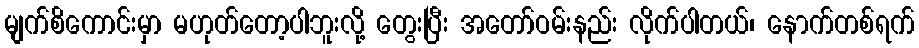
မျက်စိကောင်းမှာ မဟုတ်တော့ပါဘူးလို့ တွေးပြီး အတော်ဝမ်းနည်း လိုက်ပါတယ်၊ နောက်တစ်ရက်